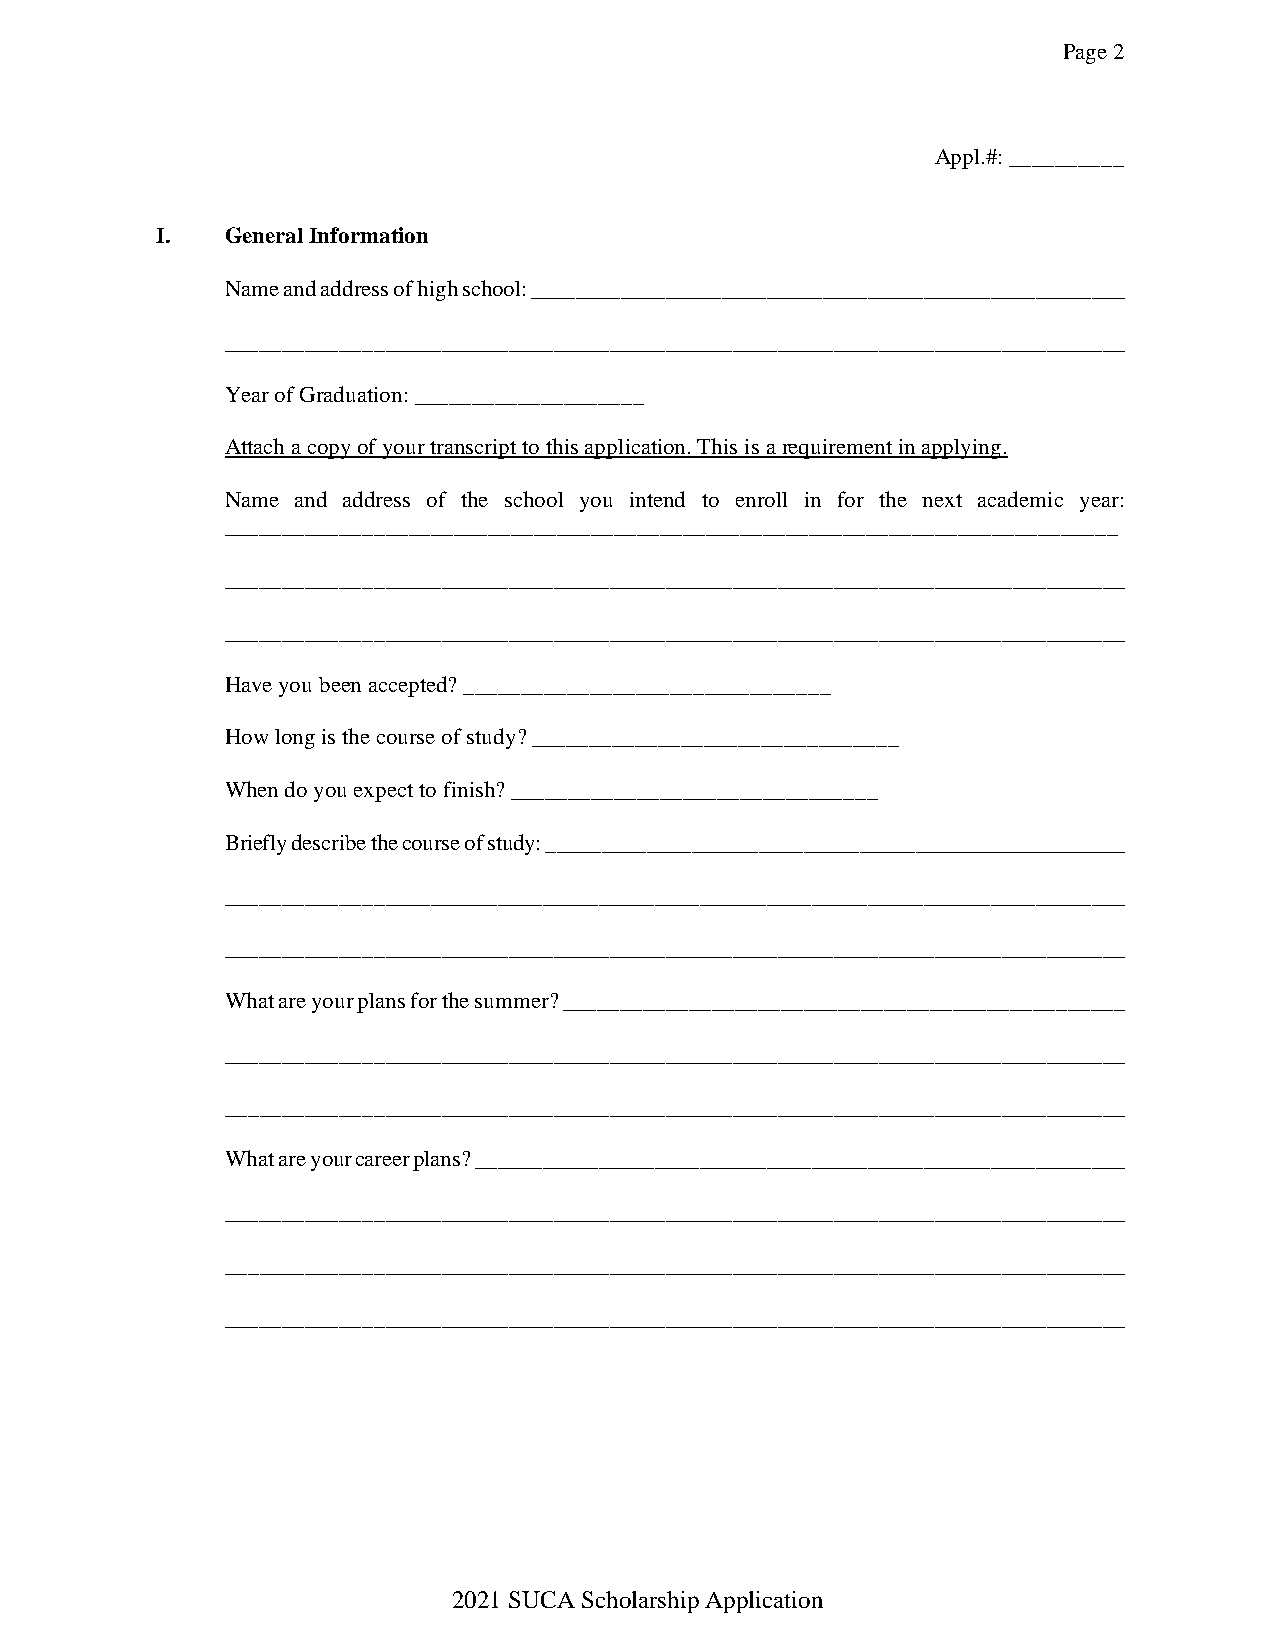
Page 2
 Appl.#: __________
 I.   General Information
 Name and address of high school: _____________________________________________________
 ________________________________________________________________________________
 Year of Graduation: ____________________
 Attach a copy of your transcript to this application. This is a requirement in applying.
 Name and address of the school you intend to enroll in for the next academic year:
 ______________________________________________________________________________
 ________________________________________________________________________________
 ________________________________________________________________________________
 Have you been accepted? ________________________________
 How long is the course of study? ________________________________
 When do you expect to finish? ________________________________
 Briefly describe the course of study: ____________________________________________________
 ________________________________________________________________________________
 ________________________________________________________________________________
 What are your plans for the summer? _________________________________________________
 ________________________________________________________________________________
 ________________________________________________________________________________
 What are your career plans? __________________________________________________________
 ________________________________________________________________________________
 ________________________________________________________________________________
 ________________________________________________________________________________
 2021 SUCA Scholarship Application